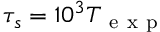
\tau _ { s } = 1 0 ^ { 3 } T _ { \mathrm { ~ e ~ x ~ p ~ } }